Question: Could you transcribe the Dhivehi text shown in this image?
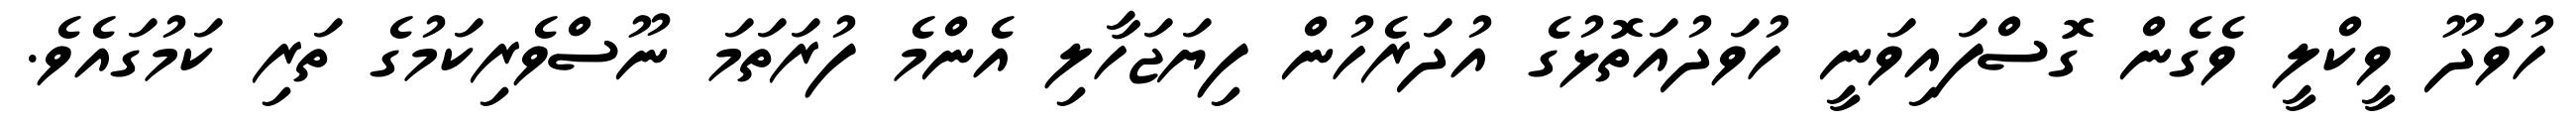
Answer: ހުވަދޫ ވީކްލީ ވެގެން ގޮސްފައިވަނީ ހުވަދުއަތޮޅުގެ އުދަރެހުން ފިޔަޖަހާލި އެންމެ ފުރަތަމަ ނޫސްވެރިކަމުގެ ތަރި ކަމުގައެވެ.